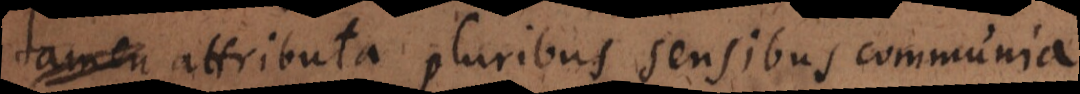
m attributa pluribus sensibus communia